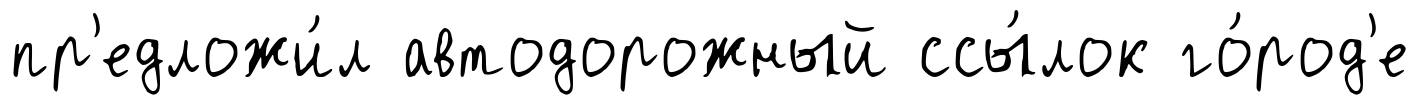
пр'едложи́л автодорожный ссы́лок го́род'е